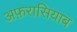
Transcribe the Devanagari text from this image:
अफ़रासियाब